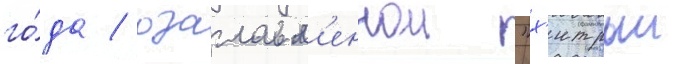
го́да / озаглавл'еннои "х'итрыи